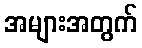
အများအတွက်